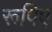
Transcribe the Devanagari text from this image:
रूपिए